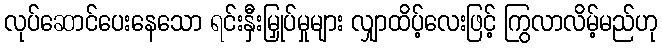
လုပ်ဆောင်ပေးနေသော ရင်းနှီးမြှုပ်မှုများ လျှာထိပ့်လေးဖြင့် ကြွလာလိမ့်မည်ဟု